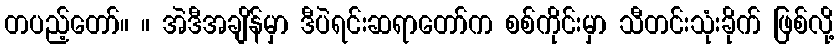
တပည့်တော်။ ။ အဲဒီအချိန်မှာ ဒီပဲရင်းဆရာတော်က စစ်ကိုင်းမှာ သီတင်းသုံးခိုက် ဖြစ်လို့